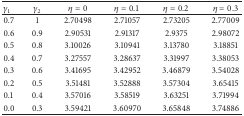
| γ1 | γ2 | η = 0 | η = 0.1 | η = 0.2 | η = 0.3 |
 | --- | --- | --- | --- | --- | --- |
 | 0.7 | 1 | 2.70498 | 2.71057 | 2.73205 | 2.77009 |
 | 0.6 | 0.9 | 2.90531 | 2.91317 | 2.9375 | 2.98072 |
 | 0.5 | 0.8 | 3.10026 | 3.10941 | 3.13780 | 3.18851 |
 | 0.4 | 0.7 | 3.27557 | 3.28637 | 3.31997 | 3.38053 |
 | 0.3 | 0.6 | 3.41695 | 3.42952 | 3.46879 | 3.54028 |
 | 0.2 | 0.5 | 3.51481 | 3.52888 | 3.57304 | 3.65415 |
 | 0.1 | 0.4 | 3.57016 | 3.58519 | 3.63251 | 3.71994 |
 | 0.0 | 0.3 | 3.59421 | 3.60970 | 3.65848 | 3.74886 |